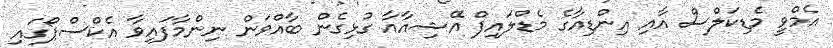
އެމްވީ މެޑިކަލްސް އާއި އިންޑިއާގެ މެޑްލައިފް އޭޝިއާއާ ގުޅިގެން ބާއްވަން ނިންމާފައިވާ އެކްސްޕޯގައި